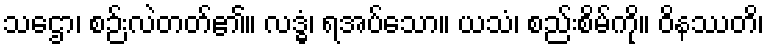
သဌော၊ စဉ်းလဲတတ်၏။ လဒ္ဓံ၊ ရအပ်သော။ ယသံ၊ စည်းစိမ်ကို။ ဝိနဿတိ၊